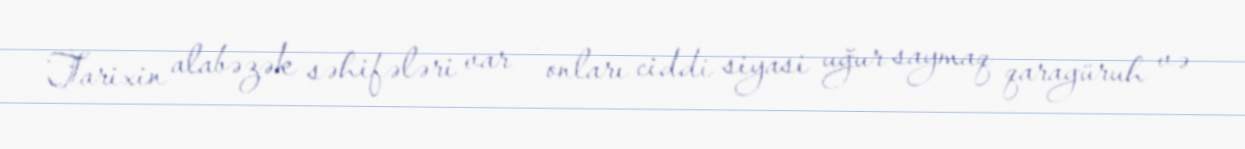
Tarixin alabəzək səhifələri var – onları ciddi siyasi uğur saymaq qaragüruh və